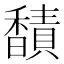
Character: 𫘁